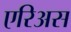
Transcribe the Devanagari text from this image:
एरिअस